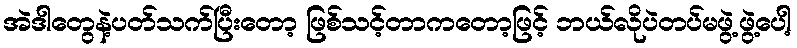
အဲဒါတွေနဲ့ပတ်သက်ပြီးတော့ ဖြစ်သင့်တာကတော့ဖြင့် ဘယ်လိုပဲတပ်မဖွဲ့ဖွဲ့ပေါ့